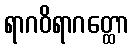
ရာဂဝိရာဂတ္ထော